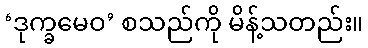
‘ဒုက္ခမေဝ’ စသည်ကို မိန့်သတည်း။